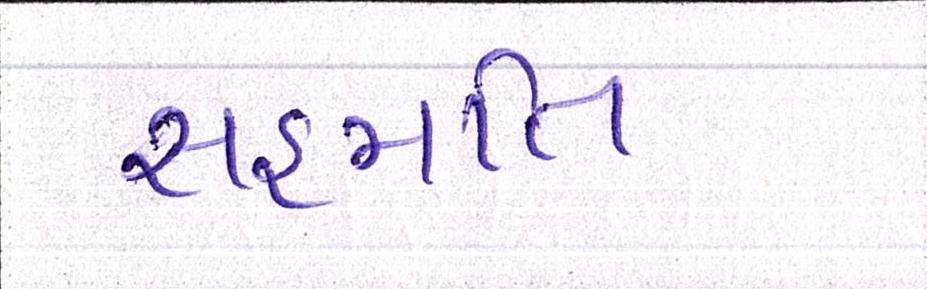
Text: સહમતિ